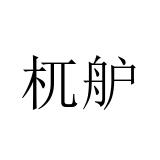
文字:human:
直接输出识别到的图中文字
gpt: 杌舮